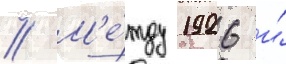
// М'е́жду 1926 и́